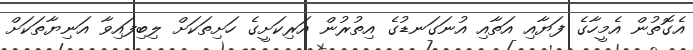
އެގޮތުން އެމީހާގެ ފަޔާއި އަތާއި އުނަގަނޑުގެ އިތުރުން އަރިކަށީގެ ހަށިތަކަށް ލިބިފައިވާ އަނިޔާތަކަށް